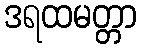
ဒရထမတ္တာ